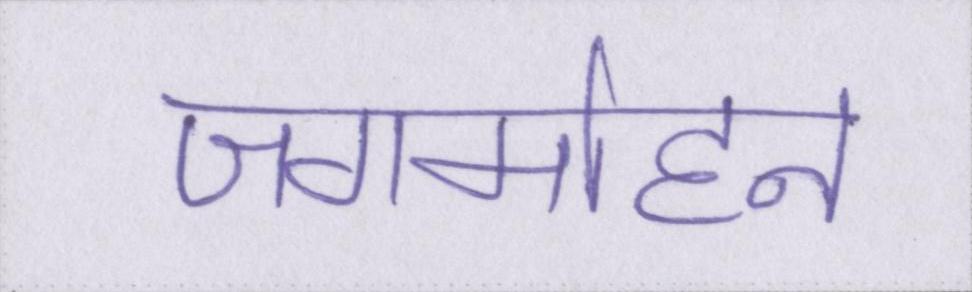
जगमोहन